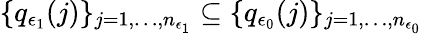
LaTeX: \{ q_{\epsilon_{1}}(j)\} _{j=1,\dots,n_{\epsilon_{1}}}\subseteq\{ q_{\epsilon_{0}}(j)\} _{j=1,\dots,n_{\epsilon_{0}}}